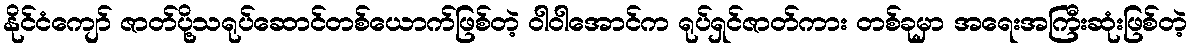
နိုင်ငံကျော် ဇာတ်ပို့သရုပ်ဆောင်တစ်ယောက်ဖြစ်တဲ့ ဝါဝါအောင်က ရုပ်ရှင်ဇာတ်ကား တစ်ခုမှာ အရေးအကြီးဆုံးဖြစ်တဲ့